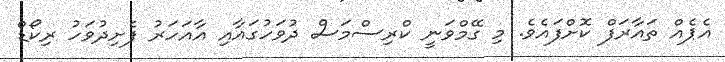
އެޕެއް ތައާރަފް ކޮށްފައެވެ. މި ގޭމްވަނީ ކްރިސްމަސް ދުވަހުގައާއި އާއަހަރު ފެށިދުވަހު ރިކޯޑް